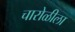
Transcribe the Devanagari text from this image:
चारोळीला